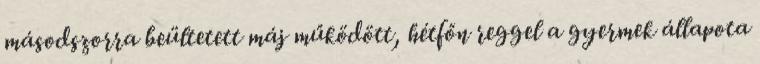
másodszorra beültetett máj működött, hétfőn reggel a gyermek állapota